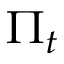
\Pi _ { t }